Scottish Leaving Certificate Examination, 1952
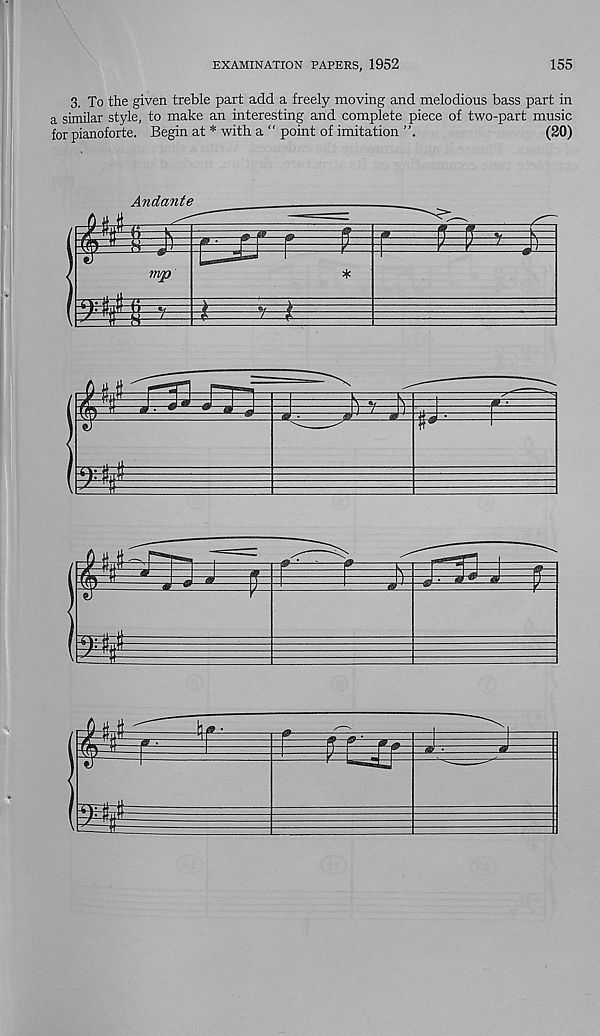
EXAMINATION PAPERS, 1952
155
3. To the given treble part add a freely moving and melodious bass part in
a similar style, to make an interesting and complete piece of two-part music
for pianoforte. Begin at * with a “ point of imitation
(20)